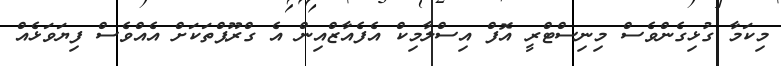
މިކަމާ ގުޅިގެންވެސް މިނިސްޓްރީ އޮފް އިސްލާމިކް އެފެއާޒްއިން އެ ގްރޫޕްތަކަށް އެއްވެސް ފިޔަވަޅެއް